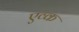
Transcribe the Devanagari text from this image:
एव्क